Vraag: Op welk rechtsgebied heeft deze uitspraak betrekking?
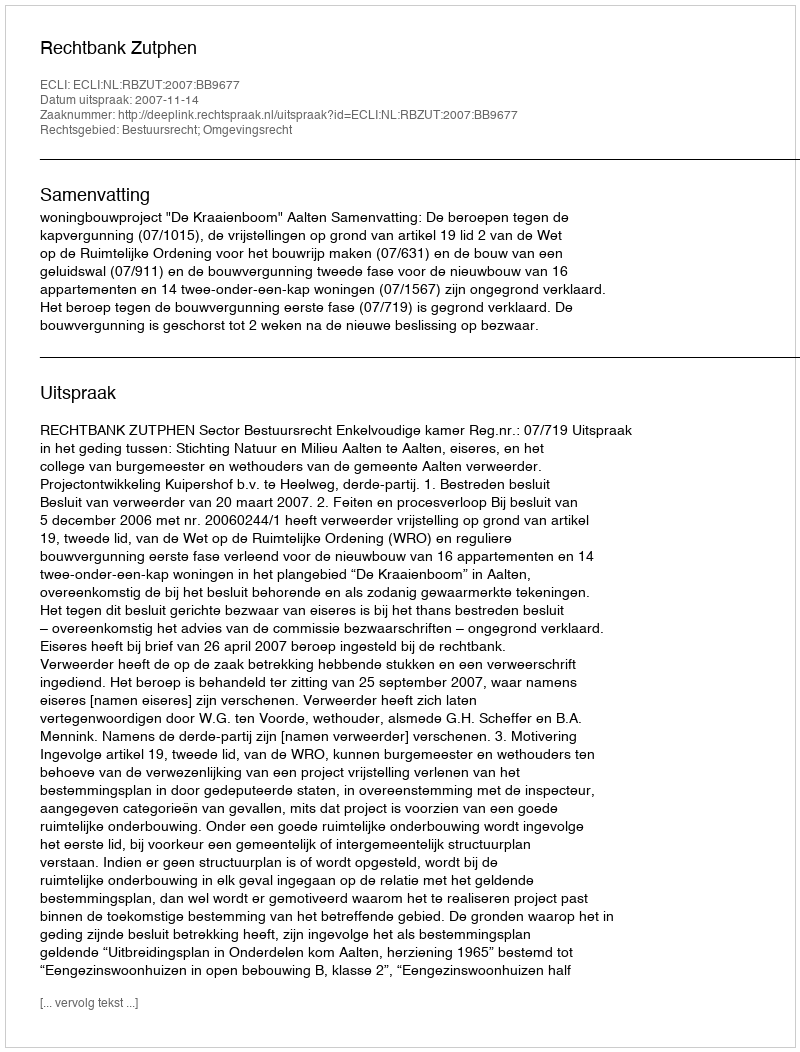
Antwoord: Bestuursrecht; Omgevingsrecht